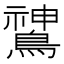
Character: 𬷫